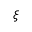
\xi